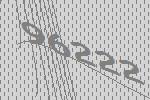
96222